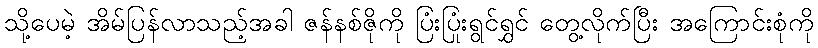
သို့ပေမဲ့ အိမ်ပြန်လာသည့်အခါ ဇန်နစ်ဇိုကို ပြံးပြုံးရွင်ရွှင် တွေ့လိုက်ပြီး အကြောင်းစုံကို